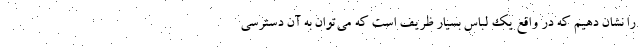
را نشان دهیم که در واقع یک لباس بسیار ظریف است که می‌توان به آن دسترسی